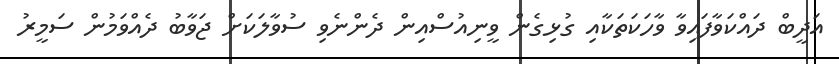
އަދީބް ދައްކަވާފައިވާ ވާހަކަތަކާއި ގުޅިގެން ވީނިއުސްއިން ދެންނެވި ސުވާލަކަށް ޖަވާބު ދެއްވަމުން ސަމީރު